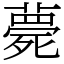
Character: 薨